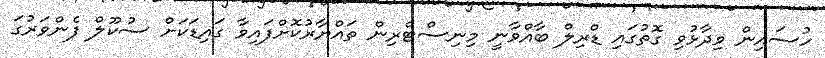
ހުސައިން ވިދާޅުވި ގޮތުގައި ޑްރިލް ބާއްވާނީ މިނިސްޓްރިން ތައްޔާރުކޮށްފައިވާ ގައިޑަކަށް ސުކޫލް ފެންވަރުގަ